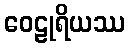
ဝေဠုရိယဿ